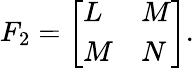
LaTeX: F_{2}={\left[\begin{array}{ll}{L}&{M}\\ {M}&{N}\end{array}\right]}.